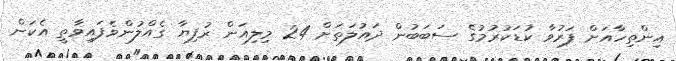
އިންތިހާއަށް ފަރުވާ ކުޑަކުރުމުގެ ސަބަބުން ދައުލަތަށް 24 މިލިއަން ރުފިޔާ ގެއްލުންވެފައިވާތީ އެކަން